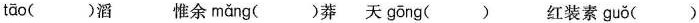
tāo( )滔 惟余 mǎng( )莽 天 gōng( ) 红装素guǒ( )